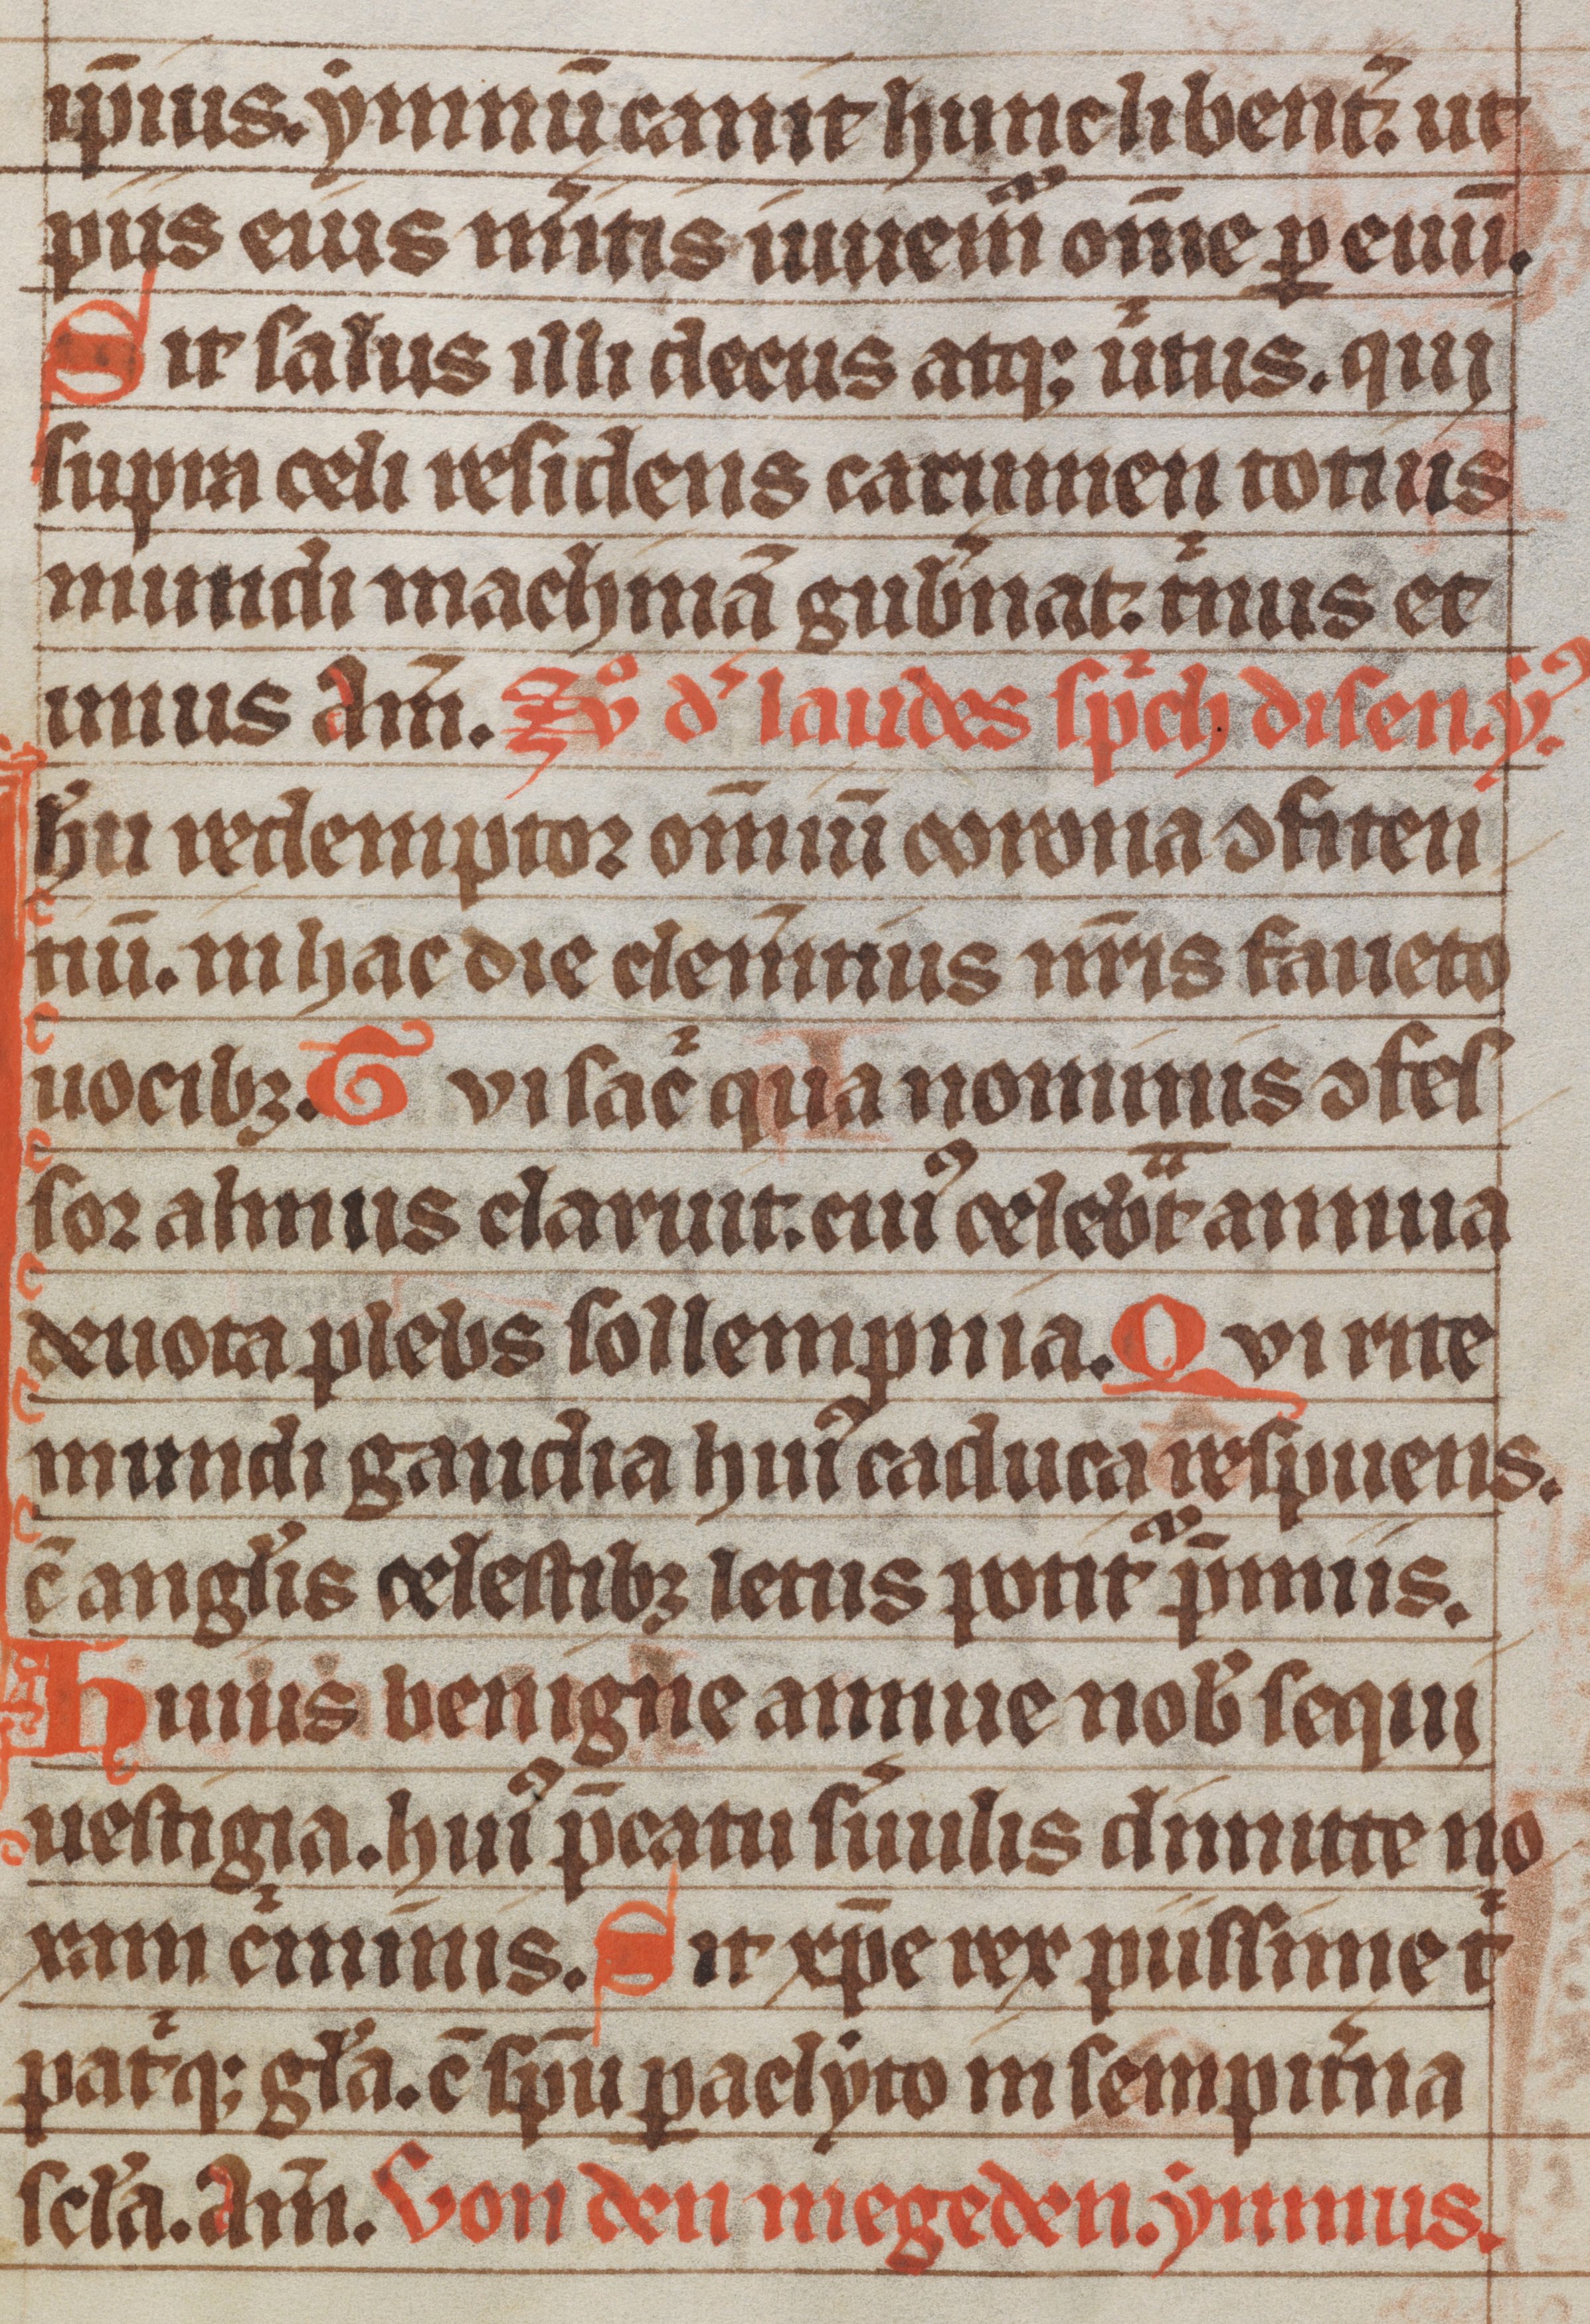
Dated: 1300–1349